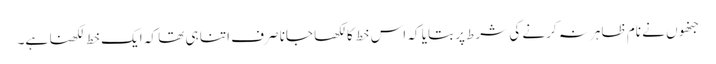
جنھوں نے نام ظاہر نہ کرنے کی شرط پر بتایا کہ اس خط کا لکھا جانا صرف اتنا ہی تھا کہ ایک خط لکھنا ہے۔